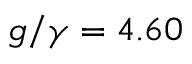
g / \gamma = 4 . 6 0